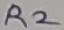
Text: R2